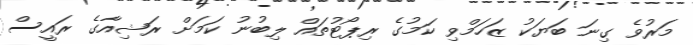
މަރުވެ ގިނަ ބަޔަކު ޒަހަމްވި ކަމުގެ ރިޕޯޓުތައް ލިބުނު ކަމަށް ރަޝިއާގެ ރައީސް